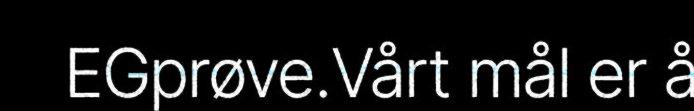
EGprøve.Vårt mål er å